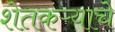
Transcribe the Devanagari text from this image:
शेतकऱ्याचे